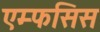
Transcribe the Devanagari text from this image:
एम्फसिस